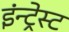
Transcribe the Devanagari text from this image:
इंन्ट्रेस्ट